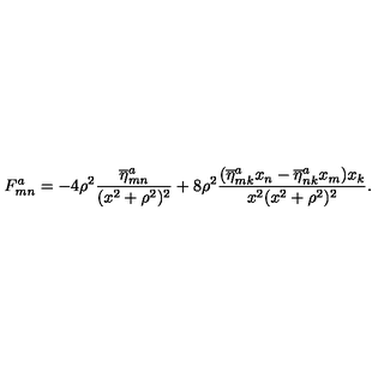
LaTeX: F _ { m n } ^ { a } = - 4 \rho ^ { 2 } \frac { \overline { \eta } _ { m n } ^ { a } } { ( x ^ { 2 } + \rho ^ { 2 } ) ^ { 2 } } + 8 \rho ^ { 2 } \frac { ( \overline { \eta } _ { m k } ^ { a } x _ { n } - \overline { \eta } _ { n k } ^ { a } x _ { m } ) x _ { k } } { x ^ { 2 } ( x ^ { 2 } + \rho ^ { 2 } ) ^ { 2 } } .